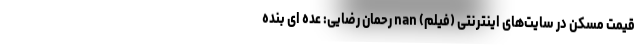
قیمت مسکن در سایت‌های اینترنتی (فیلم) nan رحمان رضایی: عده ای بنده